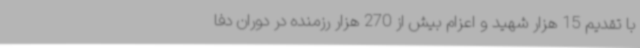
با تقدیم 15 هزار شهید و اعزام بیش از 270 هزار رزمنده در دوران دفا